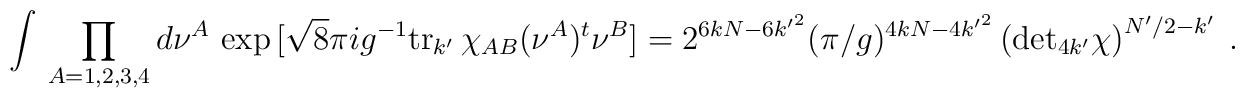
\int\, \prod_{A=1,2,3,4} d\nu^A\, \exp\big[\sqrt8\pi ig^{-1}{\rm tr}_{ k'}\,\chi_{AB}(\nu^A)^t\nu^B\big]=2^{6kN-6 {k'}^2}(\pi/g)^{4kN-4 {k'}^2}\left({\rm det}_{4 k'}\chi\right)^{ N'/2- k'}\ .